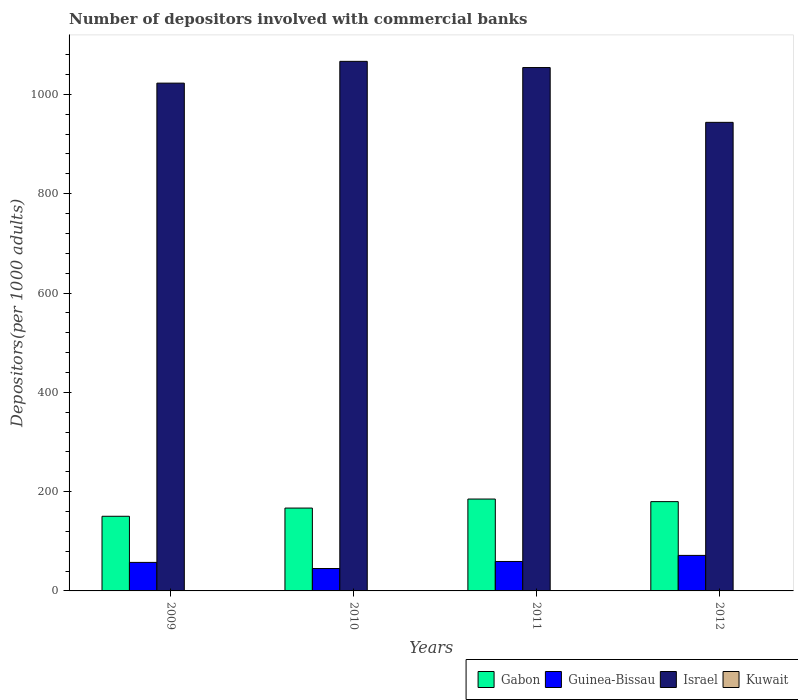
| Years | Gabon | Guinea-Bissau | Israel | Kuwait |
 | --- | --- | --- | --- | --- |
 | 2009 | 150 | 57.4 | 1.02e+03 | 0.524 |
 | 2010 | 167 | 45.1 | 1.07e+03 | 0.515 |
 | 2011 | 185 | 59.3 | 1.05e+03 | 0.529 |
 | 2012 | 180 | 71.5 | 944 | 0.585 |